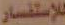
للإستفسار